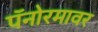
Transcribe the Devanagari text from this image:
पॅनोरमावर